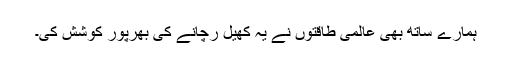
ہمارے ساتھ بھی عالمی طاقتوں نے یہ کھیل رچانے کی بھرپور کوشش کی۔